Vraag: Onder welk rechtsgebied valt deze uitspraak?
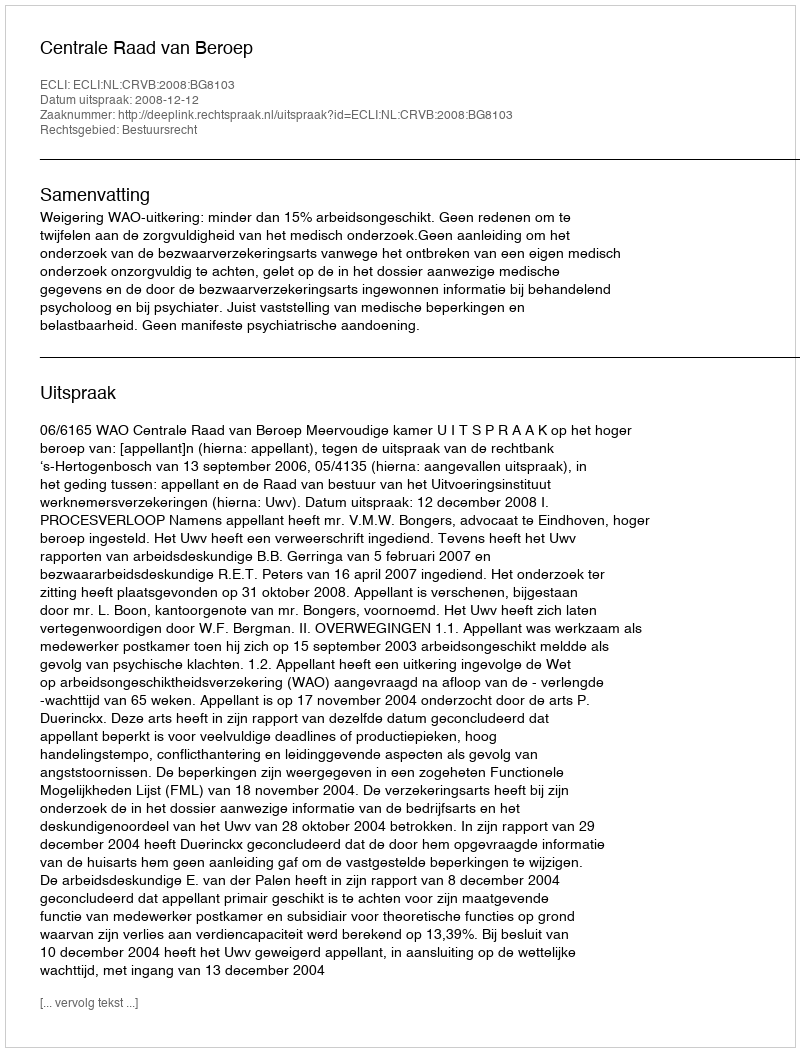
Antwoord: Bestuursrecht